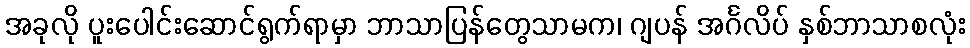
အခုလို ပူးပေါင်းဆောင်ရွက်ရာမှာ ဘာသာပြန်တွေသာမက၊ ဂျပန် အင်္ဂလိပ် နှစ်ဘာသာစလုံး